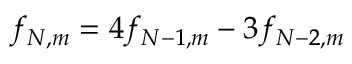
f _ { N , m } = 4 f _ { N - 1 , m } - 3 f _ { N - 2 , m }